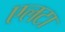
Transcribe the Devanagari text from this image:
एलटा